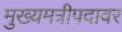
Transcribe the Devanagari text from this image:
मुख्यमत्रीपदावर